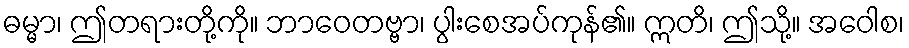
ဓမ္မာ၊ ဤတရားတို့ကို။ ဘာဝေတဗ္ဗာ၊ ပွါးစေအပ်ကုန်၏။ ဣတိ၊ ဤသို့။ အဝေါစ၊